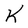
Character: K